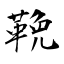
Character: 鞔